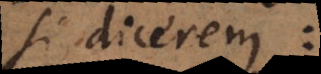
si dicerem: